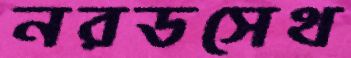
নরডসেথ